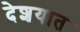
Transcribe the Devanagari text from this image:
देशयात